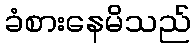
ခံစားနေမိသည်